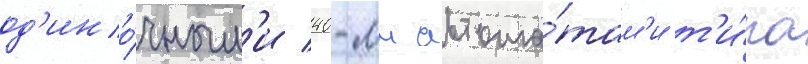
од'ино́чным'и 40-мм автома́там'и т'и́па